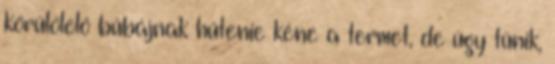
körülölelő bűbájnak hűtenie kéne a termet, de úgy tűnik,